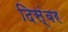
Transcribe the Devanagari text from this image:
दिस्ंबर